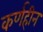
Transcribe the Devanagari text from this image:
कर्णहीन